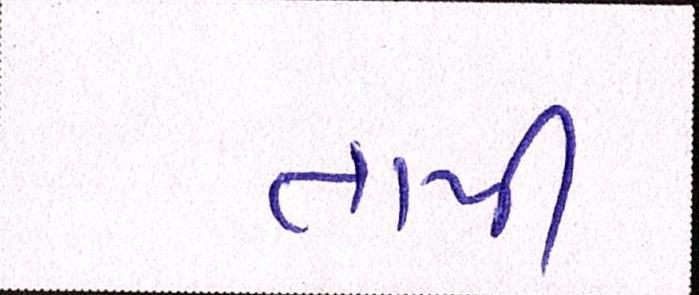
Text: તાપી